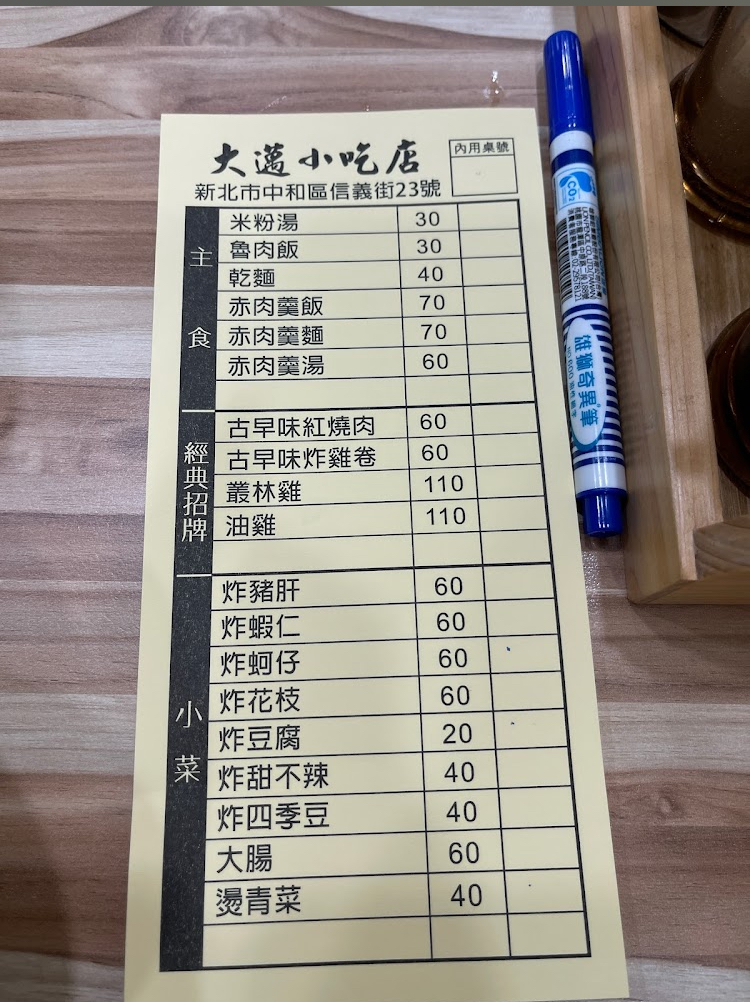
餐廳：大邁小吃店
地址：新北市中和區信義街23號
菜單：
name: 米粉湯
price: 30
name: 魯肉飯
price: 30
name: 乾麵
price: 40
name: 赤肉羹飯
price: 70
name: 赤肉羹麵
price: 70
name: 赤肉羹湯
price: 60
name: 古早味紅燒肉
price: 60
name: 古早味炸雞卷
price: 60
name: 叢林雞
price: 110
name: 油雞
price: 110
name: 炸豬肝
price: 60
name: 炸蝦仁
price: 60
name: 炸蚵仔
price: 60
name: 炸花枝
price: 60
name: 炸豆腐
price: 20
name: 炸甜不辣
price: 40
name: 炸四季豆
price: 40
name: 大腸
price: 60
name: 燙青菜
price: 40